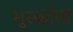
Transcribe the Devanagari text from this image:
मुस्कोगी